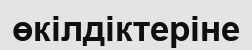
өкілдіктеріне